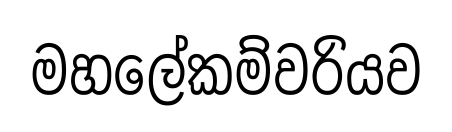
මහලේකම්වරියව